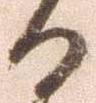
る